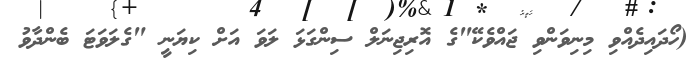
(ހޯދައިދެއްވި މިނިވަންވި ޖައްވެކޭ"ގެ އޮރިޖިނަލް ސިންގަޅަ ލަވަ އަށް ކިޔަނީ "ގެލަވަޓަ ބެންދާވު